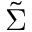
\tilde { \Sigma }